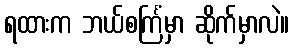
ရထားက ဘယ်စင်္ကြံမှာ ဆိုက်မှာလဲ။